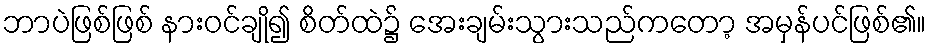
ဘာပဲဖြစ်ဖြစ် နားဝင်ချို၍ စိတ်ထဲ၌ အေးချမ်းသွားသည်ကတော့ အမှန်ပင်ဖြစ်၏။